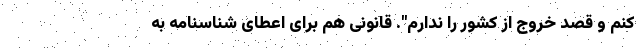
کنم و قصد خروج از کشور را ندارم". قانونی هم برای اعطای شناسنامه به